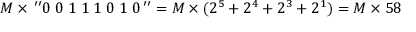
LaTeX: M \times \, ^ { \prime \prime } 0 \; 0 \; 1 \; 1 \; 1 \; 0 \; 1 \; 0 \, ^ { \prime \prime } = M \times ( 2 ^ { 5 } + 2 ^ { 4 } + 2 ^ { 3 } + 2 ^ { 1 } ) = M \times 5 8